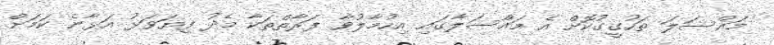
މައްސަލަ ތަހުގީގުކޮށް އެ މައްސަލާގައި އިހުމާލުވާ ފަރާތްތަކާ މެދު ފިޔަވަޅު އަޅާނެ ކަމަށް